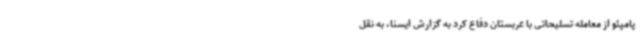
پامپئو از معامله تسلیحاتی با عربستان دفاع کرد به گزارش ایسنا، به نقل